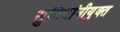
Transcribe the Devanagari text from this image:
सुविधांनीयुक्त